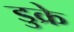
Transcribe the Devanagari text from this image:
डुक्रे